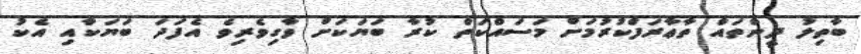
ބާތިލު ދީންތައް ތާޢާރަފްކުރުމަށް މަސައްކަތް ކުރާ ބަޔަކަށް ވާގިވެރިވެ އެފަދަ ބަޔަކާއި އެކު